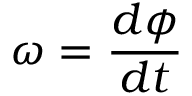
\omega = { \frac { d \phi } { d t } }